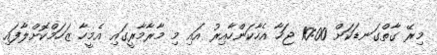
މިރޭ ގާތްގަނޑަކަށް 10:00 ޖަހާ އެހާކަންހާއިރު އައި މި މާރާމާރީގައި އެމީހާ ޒަހަމްކޮށްލާފައި